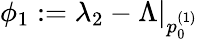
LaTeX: \phi_{1}:=\lambda_{2}-\Lambda\vert_{p_{0}^{(1)}}